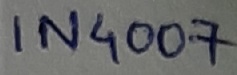
Text: IN4007